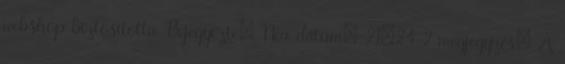
webshop biztosította. Bejegyezte: Nea dátum: 21:24 2 megjegyzés: A